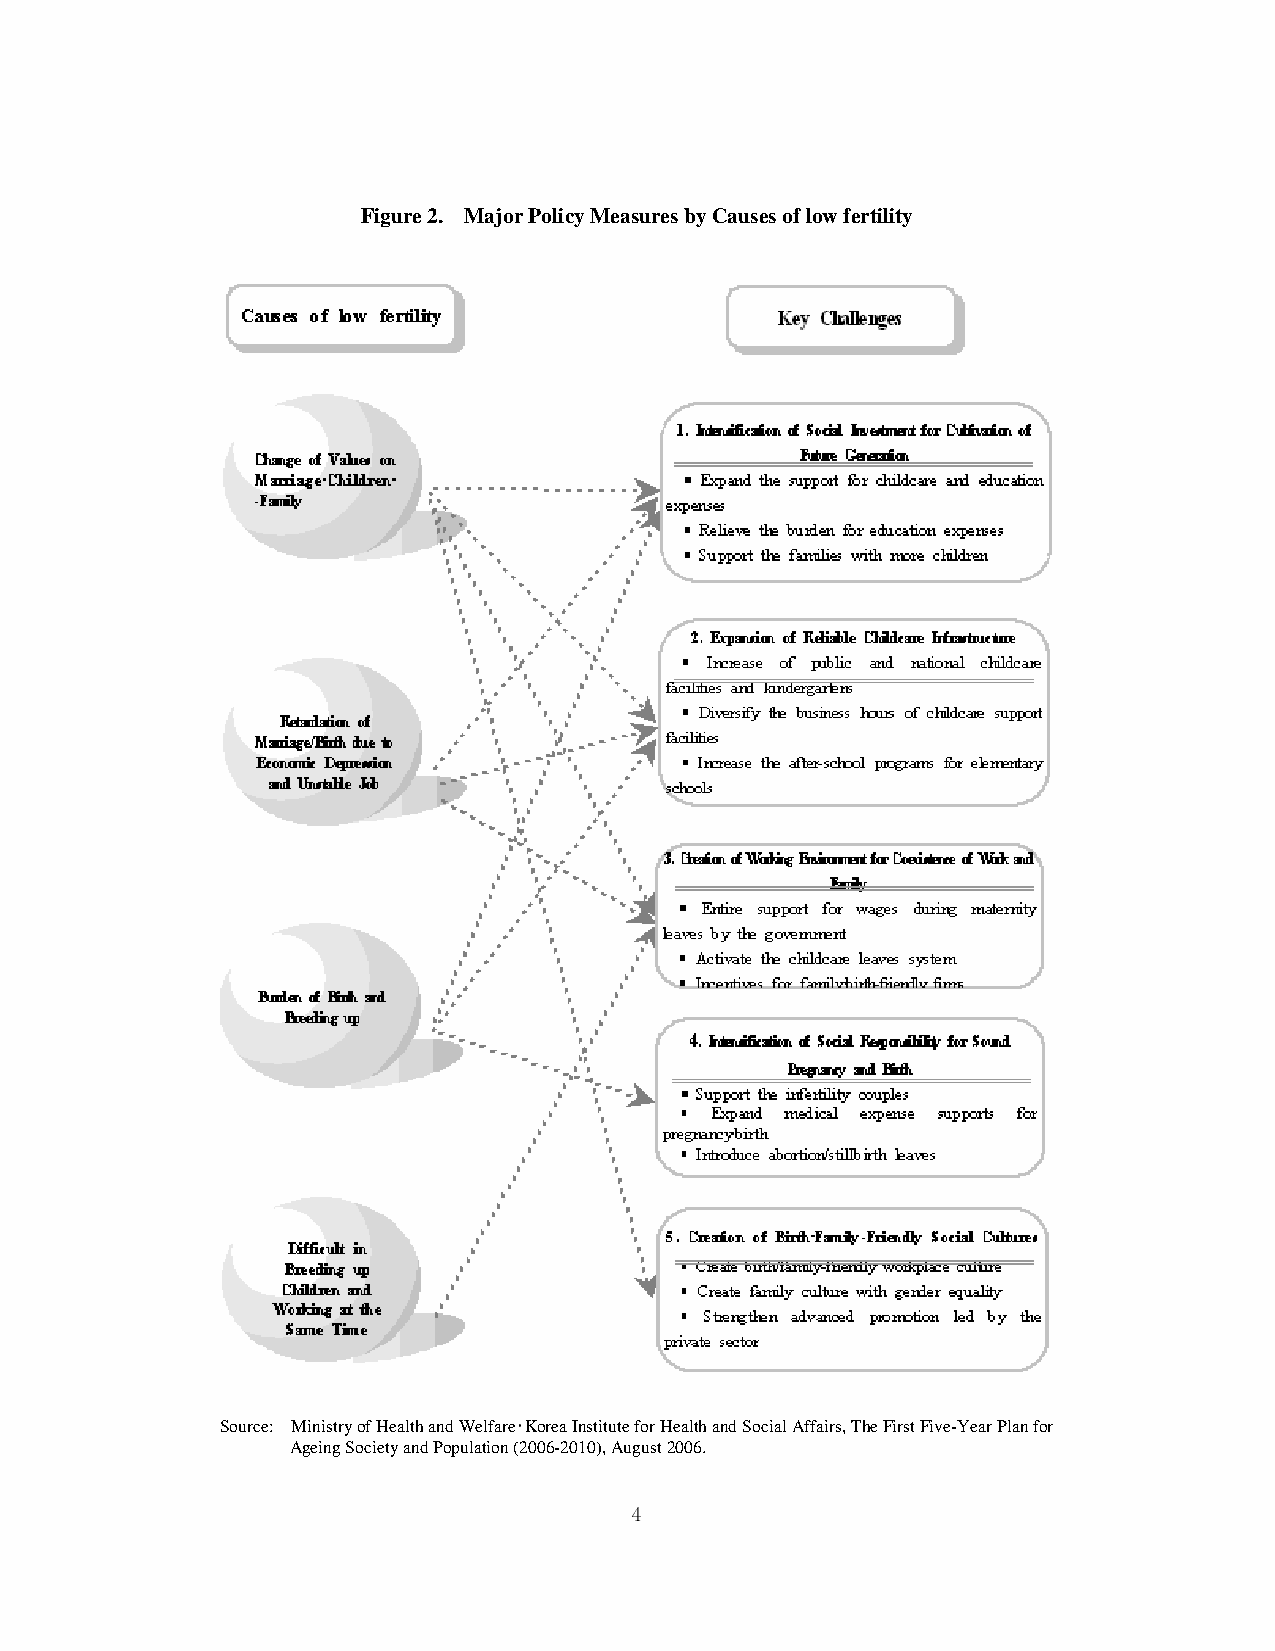
Figure 2. Major Policy Measures by Causes of low fertility
 Source: Ministry of Health and Welfare‧Korea Institute for Health and Social Affairs, The First Five-Year Plan for
 Ageing Society and Population (2006-2010), August 2006.
 4